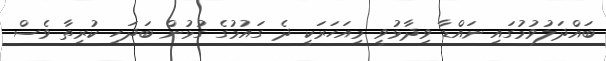
ބައްދަލުވުމުގައި ނައްޑާ ވިދާޅުވީ މިއަހަރަކީ ދެ ގައުމުގެ ގުޅުން ބަދަހި ކުރިތާ ވެސް